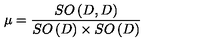
\mu = \frac { S O \left( D , D \right) } { S O \left( D \right) \times S O \left( D \right) }